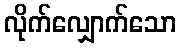
လိုက်လျှောက်သော